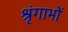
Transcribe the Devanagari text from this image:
श्रृंगाभों